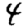
Digit: 4